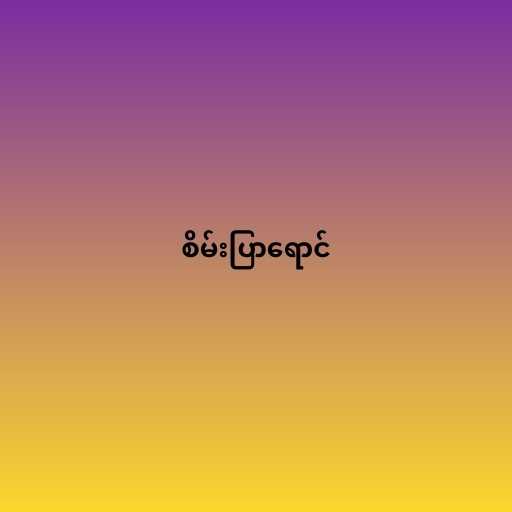
စိမ်းပြာရောင်